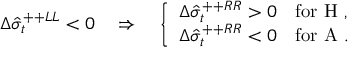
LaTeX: \Delta \hat { \sigma } _ { t } ^ { + + L L } < 0 \quad \Rightarrow \quad \left\{ \begin{array} { l l } { { \Delta \hat { \sigma } _ { t } ^ { + + R R } > 0 } } & { { \mathrm { f o r ~ H ~ } , } } \\ { { \Delta \hat { \sigma } _ { t } ^ { + + R R } < 0 } } & { { \mathrm { f o r ~ A ~ } . } } \end{array} \right.